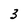
Character: 3